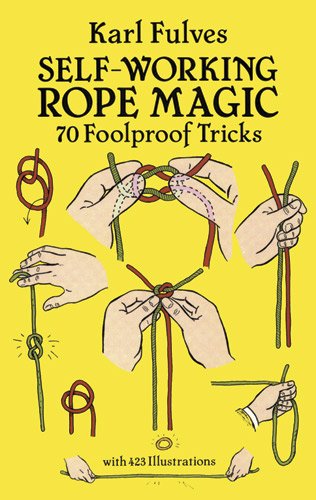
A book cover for Self-Working Rope Magic: 70 Foolproof Tricks (Dover Magic Books); Karl Fulves; Humor & Entertainment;